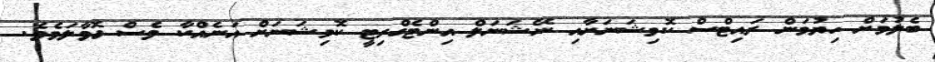
ބެލުމަށް ހިޔުމަން ރައިޓްސް ކޮމިޝަނަށާއި ނޭޝަނަލް އިންޓެގްރިޓީ ކޮމިޝަނަށް އަނެއްކާ ވެސް ގޮވާލަމެވެ.